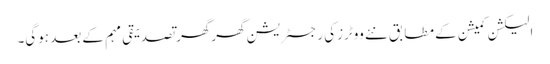
الیکشن کمیشن کے مطابق نئے ووٹرزکی رجسٹریشن گھرگھر تصدیقی مہم کے بعد ہوگی۔